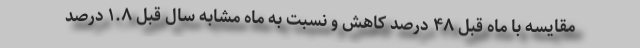
مقایسه با ماه قبل ۴۸ درصد کاهش و نسبت به ماه مشابه سال قبل ۱.۸ درصد